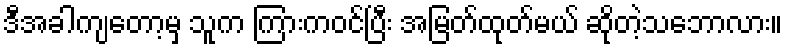
ဒီအခါကျတော့မှ သူက ကြားကဝင်ပြီး အမြတ်ထုတ်မယ် ဆိုတဲ့သဘောလား။